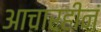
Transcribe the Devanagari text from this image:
आचारहीनं